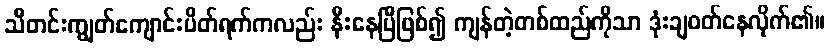
သီတင်းကျွတ်ကျောင်းပိတ်ရက်ကလည်း နီးနေပြီဖြစ်၍ ကျန်တဲ့တစ်ထည်ကိုသာ ဒုံးချဝတ်နေလိုက်၏။